Annual administration and progress report of the Indian Medical Department, Bombay
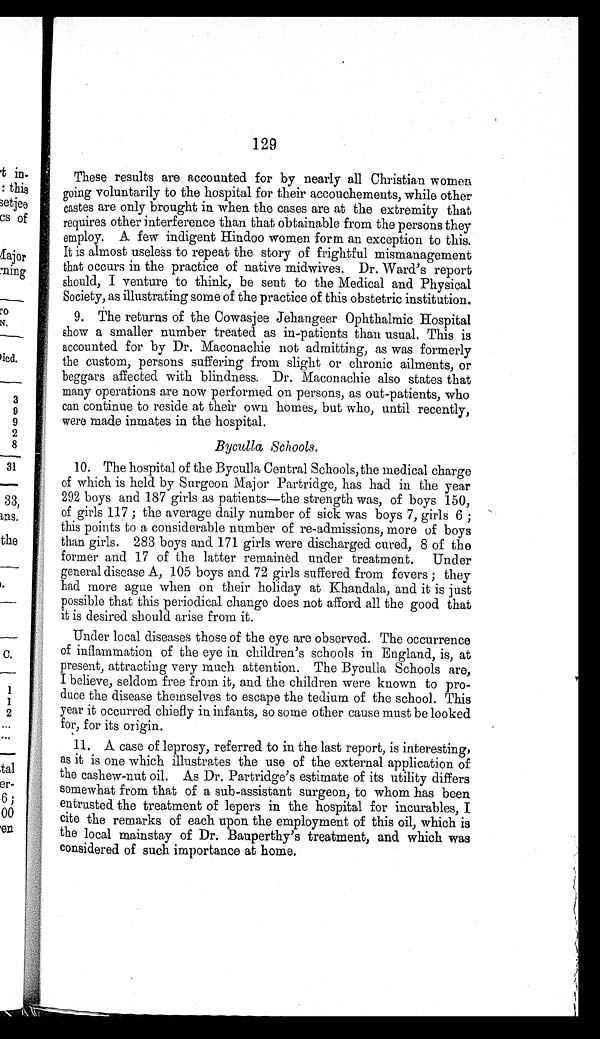
129
These results are accounted for by nearly all Christian women
going voluntarily to the hospital for their accouchements, while other
castes are only brought in when the cases are at the extremity that
requires other interference than that obtainable from the persons they
employ. A few indigent Hindoo women form an exception to this.
It is almost useless to repeat the story of frightful mismanagement
that occurs in the practice of native midwives. Dr. Ward's report
should, I venture to think, be sent to the Medical and Physical
Society, as illustrating some of the practice of this obstetric institution.
9. The returns of the Cowasjee Jehangeer Ophthalmic Hospital
show a smaller number treated as in-patients than usual. This is
accounted for by Dr. Maconachie not admitting, as was formerly
the custom, persons suffering from slight or chronic ailments, or
beggars affected with blindness. Dr. Maconachie also states that
many operations are now performed on persons, as out-patients, who
can continue to reside at their own homes, but who, until recently,
were made inmates in the hospital.
Byculla Schools.
1 0 .
T h e h o s p i t a l o f t h e B y c u l l a C e n t r a l S c h o o l s , t h e m e d i c a l c h a r g e
of which is held by Surgeon Major Partridge, has had in the year
292 boys and 187 girls as patients—the strength was, of boys 150,
of girls 117; the average daily number of sick was boys 7, girls 6;
this points to a considerable number of re-admissions, more of boys
than girls. 283 boys and 171 girls were discharged cured, 8 of the
former and 17 of the latter remained under treatment. Under
general disease A, 105 boys and 72 girls suffered from fevers; they
had more ague when on their holiday at Khandala, and it is just
possible that this periodical change does not afford all the good that
it is desired should arise from it.
Under local diseases those of the eye are observed. The occurrence
of inflammation of the eye in children's schools in England, is, at
present, attracting very much attention. The Byculla Schools are,
I believe, seldom free from it, and the children were known to pro
-
duce the disease themselves to escape the tedium of the school. This
year it occurred chiefly in infants, so some other cause must be looked
for, for its origin.
11. A case of leprosy, referred to in the last report, is interesting,
as it is one which illustrates the use of the external application of
the cashew-nut oil. As Dr. Partridge's estimate of its utility differs
somewhat from that of a sub-assistant surgeon, to whom has been
entrusted the treatment of lepers in the hospital for incurables, I
cite the remarks of each upon the employment of this oil, which is
the local mainstay of Dr. Bauperthy's treatment, and which was
considered of such importance at home.